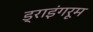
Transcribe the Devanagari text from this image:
ड्राइंगरूम